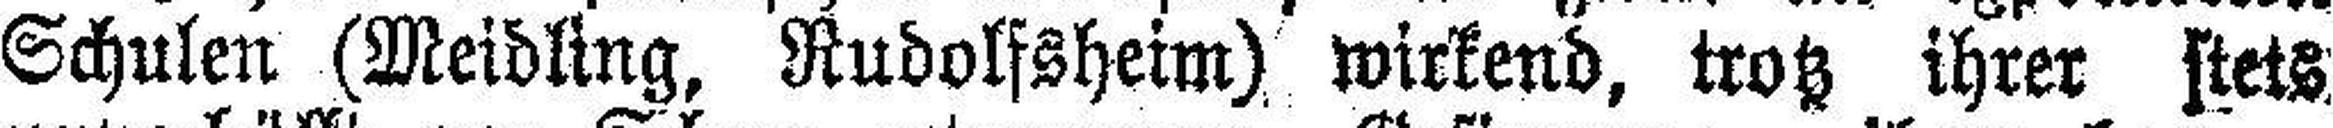
Schulen (Meidling, Rudolfsheim) wirkend, trotz ihrer stets